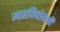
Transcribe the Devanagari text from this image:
माहविच्छेदनी